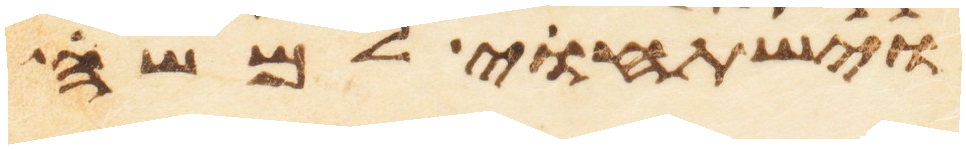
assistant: וישתחוי למשה